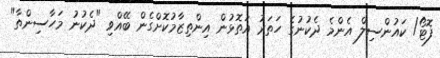
ފޮޓޯ/ ކައުންސިލް އެންމެ ދެކުނުގެ ހަތަރު އަތޮޅުން އިންތިޒާމުކޮށްގެން ބޭއްވި "ދެކުނު މަހާސިންތާ"